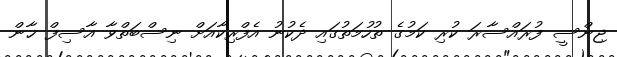
ޖިންސީ ފުރައްސާރަ ކުރި ކަމުގެ ތުހުމަތުގައި ދެކުނު އެފްރިކާއަށް ނިސްބަތްވާ އާސިފް ޚާން